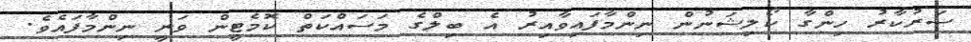
ސަރުކާރު ހިންގާ ކޯލިޝަނުން ނިންމާފައިވާއިރު އެ ބިލްގެ މަސައްކަތް ކޮމެޓީން ވަނީ ނިންމާފައެވެ.